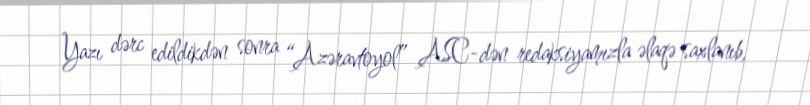
Yazı dərc edildikdən sonra “Azəravtoyol” ASC-dən redaksiyamızla əlaqə saxlanıb,